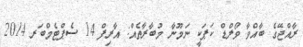
ރާއްޖޭގެ ބާއްވާ ވޯލްޑް ކަޕަކީ ނަމޫނާ މުބާރާތެއް: އާރިފް 14 ސެޕްޓެމްބަރ 2014